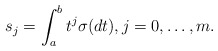
\begin{align*} s_j = \int_a^b t^j \sigma(dt), j=0,\dots, m.\end{align*}